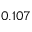
0 . 1 0 7